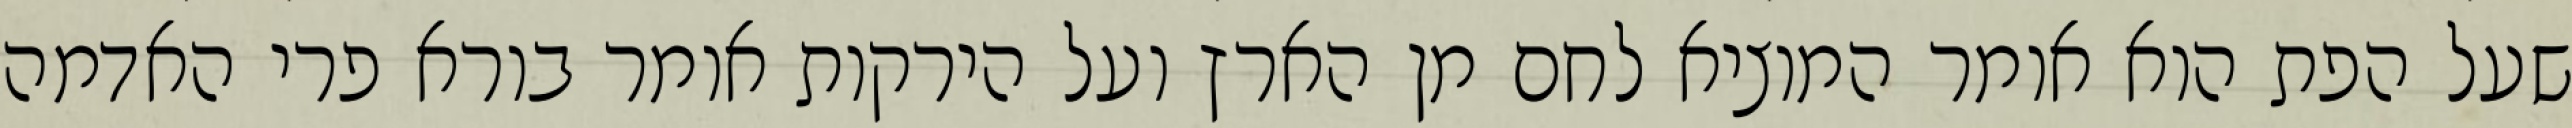
שעל הפת הוא אומר המוציא לחם מן הארץ ועל הירקות אומר בורא פרי האדמה